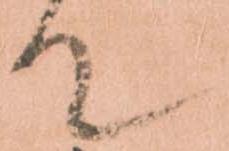
て